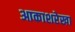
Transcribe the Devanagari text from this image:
आकाशरेखा